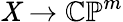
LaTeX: \mathit{X}\to\mathbb{{CP}}^{m}